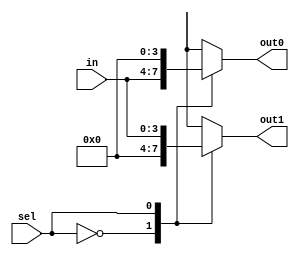
module demux2(input wire [3:0] in,
					input wire sel,
					output reg [3:0] out0,
					output reg [3:0] out1);
					
always @(*)
begin
	case (sel)
	0:	begin
		out0 = in;
		out1 = 0;
		end 
	1: begin
		out0 = 0;
		out1 = in;
		end
	default: begin 
				out0 = 0;
				out1 = 0;
				end
	endcase
end
endmodule